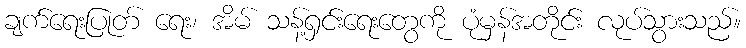
ချက်ရေးပြုတ် ရေး၊ အိမ် သန့်ရှင်းရေးတွေကို ပုံမှန်အတိုင်း လုပ်သွားသည်။